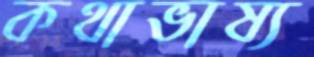
কথাভাষ্য